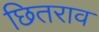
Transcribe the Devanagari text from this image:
छितराव